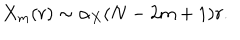
X _ { m } ( r ) \sim \alpha _ { X } ( N - 2 m + 1 ) r .